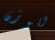
للوزن